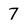
Character: 7